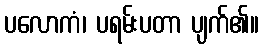
ပလောကံ၊ ပရမ်းပတာ ပျက်၏။